Indian journal of veterinary science and animal husbandry - Volume 8,
Year: 1938
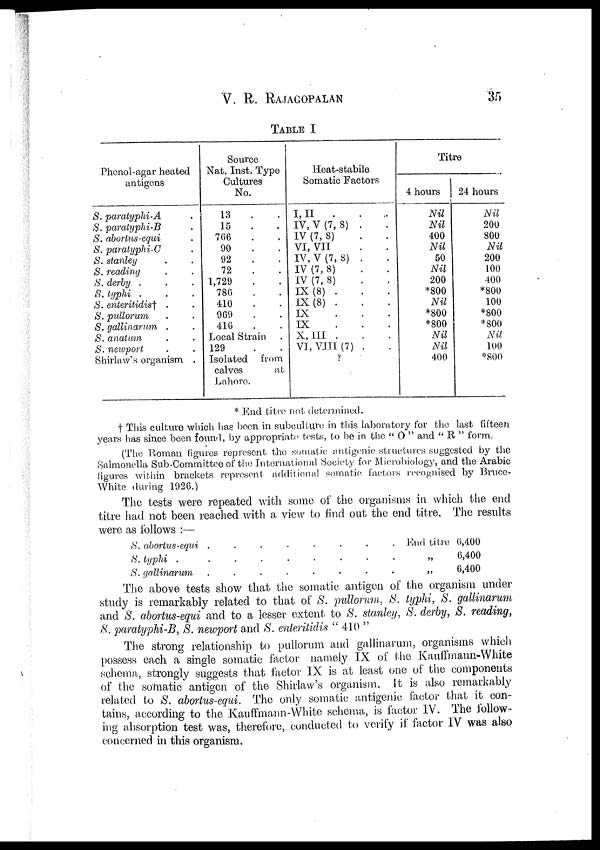
V. R. RAJAGOPALAN
35
TABLE I
Phenol-agar heated
antigens
S. paratyphi-A .
S. paralyphi-B .
S. abortus-equi .
S. paratyphi-C .
S. Stanley . .
S. reading . .
S. derby . . .
S. typhi . . .
S. enteritidis† . .
S. pullorum . .
S. gallinarum . .
S. anatum . .
S. newport . .
Shirlaw's organism .
Source
Nat. Inst. Type
Culture
No.
13 . .
15 . .
766 . .
90 . .
92 . .
72 . .
1,729 . .
786 . .
410 . .
969 . .
416 . .
Local Strain .
129 . .
Isolated from
calves at
Lahore.
Heat-stabile
Somatic Factors
I, II . . .
IV, V (7, 8) . .
IV (7, 8) . .
VI, VII . .
IV, V (7, 8) . .
IV (7, 8) . .
IV (7, 8) . .
IX (8) . . .
IX (8) . . .
IX . . .
IX . . .
X, III . . .
VI, VIII (7) . .
?
Titre
4 hours
Nil
Nil
400
Nil
50
Nil
200
*800
Nil
*800
*800
Nil
Nil
400
24 hours
Nil
200
800
Nil
200
100
400
*800
100
*800
*800
Nil
100
*800
* End titre not determined.
† This culture which has been in subculture in this laboratory for the last fifteen
years has since been found, by appropriate tests, to be in the " O " and " R " form.
(The Roman figures represent the somatic antigenic structures suggested by the
Salmonella Sub-Committee of the International Society for Microbiology, and the Arabic
figures within brackets represent additional somatic factors recognised by Bruce-
White during 1926.)
The tests were repeated with some of the organisms in which the end
titre had not been reached with a view to find out the end titre. The results
were as follows :—
S. abortus-equi . . . . . . . .
S. typhi . . . . . . . . .
S. gallinarum . . . . . . . .
End titre
„
„
6,400
6,400
6,400
The above tests show that the somatic antigen of the organism under
study is remarkably related to that of S. pullorum, S. typhi, S. gallinarum
and S. abortus-equi and to a lesser extent to S. Stanley, S. derby, S. reading,
S. paratyphi-B, S. newport and S. enteritidis " 410 "
The strong relationship to pullorum and gallinarum, organisms which
possess each a single somatic factor namely IX of the Kauffmann-White
schema, strongly suggests that factor IX is at least one of the components
of the somatic antigen of the Shirlaw's organism. It is also remarkably
related to S. abortus-equi. The only somatic antigenic factor that it con-
tains, according to the Kauffmann-White schema, is factor IV. The follow-
ing absorption test was, therefore, conducted to verify if factor IV was also
concerned in this organism.